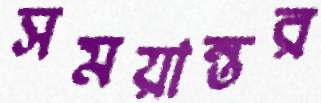
সময়ান্তর